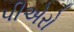
પીએરો